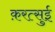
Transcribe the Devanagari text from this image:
क़रत्सुई